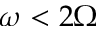
\omega < 2 \Omega